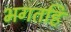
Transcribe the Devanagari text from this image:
भगतहिं